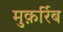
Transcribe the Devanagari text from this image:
मुक़र्रिब